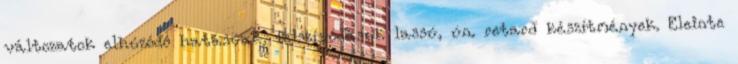
változatok elhúzódó hatásúak, felszívódásuk lassú, ún. retard készítmények. Eleinte